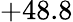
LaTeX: +48.8